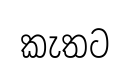
කැතට